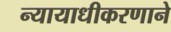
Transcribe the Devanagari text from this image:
न्यायाधीकरणाने